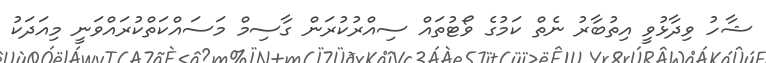
ޝާހު ވިދާޅުވީ އިތުބާރު ނެތް ކަމުގެ ވޯޓުތައް ސިއްރުކުރަން ގާސިމް މަސައްކަތްކުރައްވަނީ މިއަދަކު